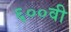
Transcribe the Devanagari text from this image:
६००वी